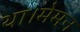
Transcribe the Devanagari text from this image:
था।मेमन